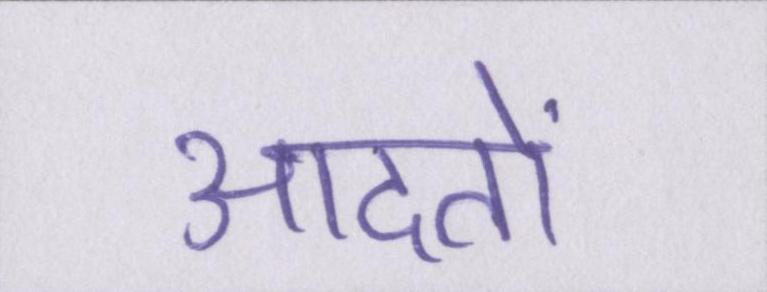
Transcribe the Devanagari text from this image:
आदतों